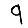
Digit: 9